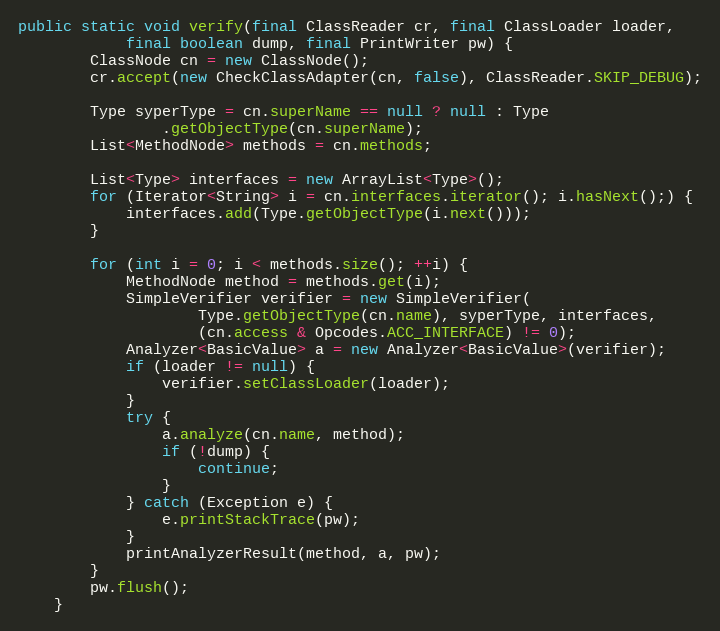
Language: Java
public static void verify(final ClassReader cr, final ClassLoader loader,
            final boolean dump, final PrintWriter pw) {
        ClassNode cn = new ClassNode();
        cr.accept(new CheckClassAdapter(cn, false), ClassReader.SKIP_DEBUG);

        Type syperType = cn.superName == null ? null : Type
                .getObjectType(cn.superName);
        List<MethodNode> methods = cn.methods;

        List<Type> interfaces = new ArrayList<Type>();
        for (Iterator<String> i = cn.interfaces.iterator(); i.hasNext();) {
            interfaces.add(Type.getObjectType(i.next()));
        }

        for (int i = 0; i < methods.size(); ++i) {
            MethodNode method = methods.get(i);
            SimpleVerifier verifier = new SimpleVerifier(
                    Type.getObjectType(cn.name), syperType, interfaces,
                    (cn.access & Opcodes.ACC_INTERFACE) != 0);
            Analyzer<BasicValue> a = new Analyzer<BasicValue>(verifier);
            if (loader != null) {
                verifier.setClassLoader(loader);
            }
            try {
                a.analyze(cn.name, method);
                if (!dump) {
                    continue;
                }
            } catch (Exception e) {
                e.printStackTrace(pw);
            }
            printAnalyzerResult(method, a, pw);
        }
        pw.flush();
    }